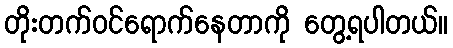
တိုးတက်ဝင်ရောက်နေတာကို တွေ့ရပါတယ်။